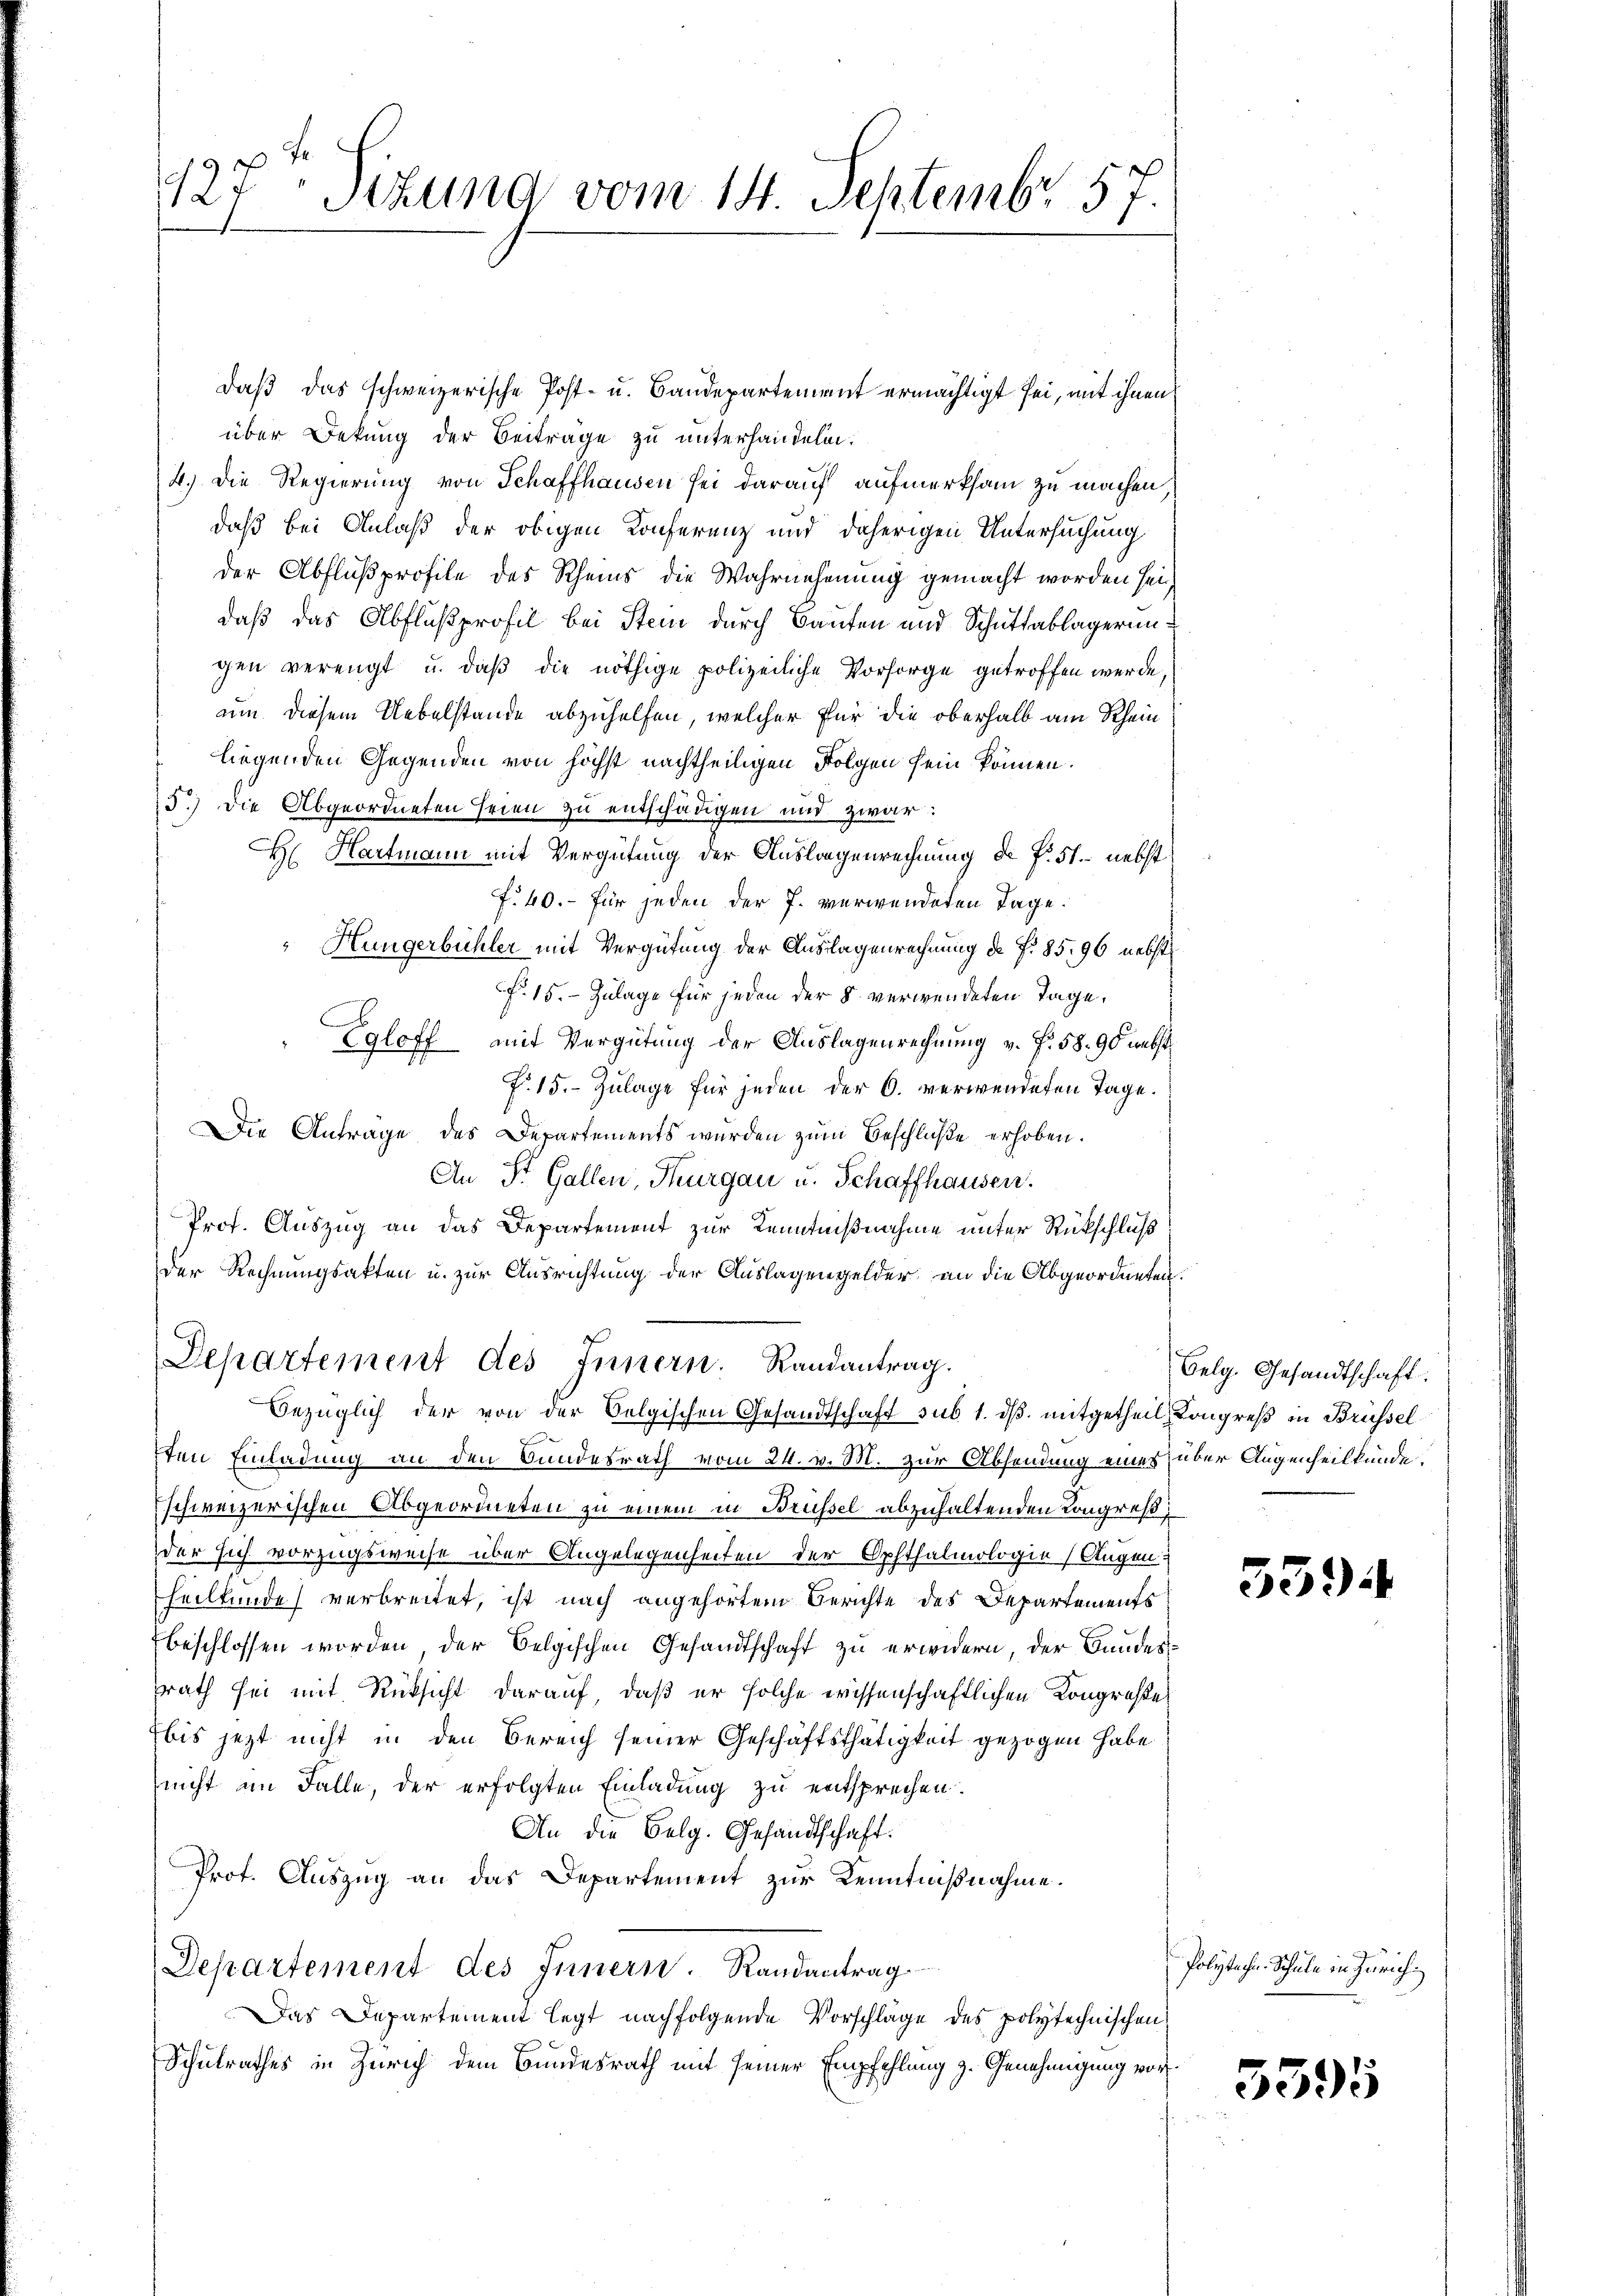
127. Sitzung vom 14. Septembr 57.

daß das schweizerische Post- u. Bandepartement ermächtigt sei, mit ihnen
über Dekung der Beiträge zu unterhandeln.
4.) Die Regierung von Schaffhausen sei darauf aufmerksam zu machen,
daß bei Anlaß der obigen Konferenz und daherigen Untersuchung
der Abflußprofile des Rheins die Wahrnehmung gemacht worden sei,
daß das Abflußprofil bei Stein durch Bauten und Schuttablagerungen verengt u. daß die nöthige polizeiliche Vorsorge getroffen werde,
um diesem Uebelstände abzuhelfen, welcher für die oberhalb am Rhein
liegenden Gegenden von höchst nachtheiligen Folgen sein können.
15.) Die Abgeordneten seien zu entschädigen und zwar:
H: Hartmann mit Vergütung der Auslagenrechnung d. P. 51. nebst
f. 40. für jeden der J. verwendeten Tage.
Hungerbühler mit Vergütung der Auslagenrechnung de f. 85. 96 nebst
f. 15. Zulage für jeden der 8 verwendeten Tage,
Egloff mit Vergütung der Auslagenrechnung v. f. 58. 90 nebst
P. 15. Zulage für jeden der C. verwendeten Tage.
Die Antrage des Departements wurden zum Beschluße erhoben.
An St. Gallen, Thurgau u. Schaffhausen.
Prof. Auszug an das Departement zur Kenntnißnahme unter Rückschluß
Der Rechnungsakten u. zur Ausrichtung der Auslagengelder an die Abgeordneten.
Departement des Innern. Randantrag.
Bezüglich der von der Belgischen Gesandtschaft sub 1. ds. mitgetheil Kongreß in Brüssel
ten Einladung an den Bundesrath vom 24. v. M. zur Absendung eines über Augenheilkunde
schweizerischen Abgeordneten zu einem in Brüssel abzuhaltenden Kongreßder sich vorzugsweise über Angelegenheiten der Opfthalmologie Augen:
theilkunde verbreitet, ist nach angehörtem Berichte des Departements
beschlossen worden der Belgischen Gesandtschaft zu erwidern, der Bundesrath sei mit Rücksicht darauf, daß er solche wissenschaftlichen Kongroße
bis jetzt nicht in den Bereich seiner Geschäftsthätigkeit gezogen habe
nicht im Falle, der erfolgten Einladung zu entsprechen.
An die Belg. Gesandtschaft.
Prot. Auszug an das Departement zur Kenntnißnahme.
Departement des Innern. Randantrag
Das Departement legt nachfolgende Vorschläge des polytechnischen
Schulrathes in Zürich dem Bundesrath mit seiner Empfehlung z. Genehmigung vor¬

Belg. Gesandtschaft.

554

Polytechn. Schule in Zürich

3395